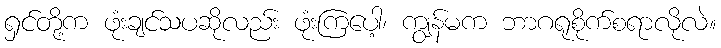
ရှင်တို့က ဖုံးချင်သပဆိုလည်း ဖုံးကြပေါ့၊ ကျွန်မက ဘာဂရုစိုက်စရာလိုလဲ။